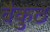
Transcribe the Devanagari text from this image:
वैकुठ